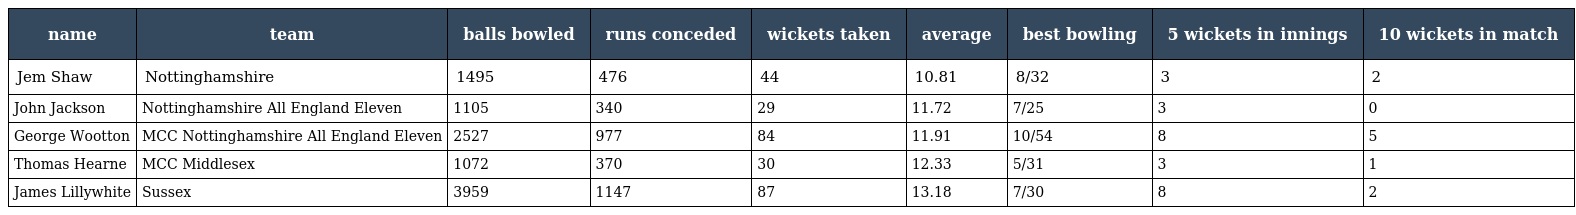
| name | team | balls bowled | runs conceded | wickets taken | average | best bowling | 5 wickets in innings | 10 wickets in match |
 | --- | --- | --- | --- | --- | --- | --- | --- | --- |
 | Jem Shaw | Nottinghamshire | 1495 | 476 | 44 | 10.81 | 8/32 | 3 | 2 |
 | John Jackson | Nottinghamshire All England Eleven | 1105 | 340 | 29 | 11.72 | 7/25 | 3 | 0 |
 | George Wootton | MCC Nottinghamshire All England Eleven | 2527 | 977 | 84 | 11.91 | 10/54 | 8 | 5 |
 | Thomas Hearne | MCC Middlesex | 1072 | 370 | 30 | 12.33 | 5/31 | 3 | 1 |
 | James Lillywhite | Sussex | 3959 | 1147 | 87 | 13.18 | 7/30 | 8 | 2 |